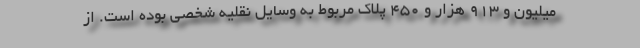
میلیون و ۹۱۳ هزار و ۴۵۰ پلاک مربوط به وسایل نقلیه شخصی بوده است. از